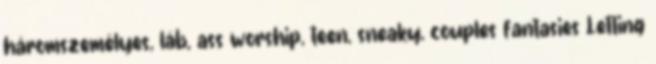
háromszemélyes, láb, ass worship, teen, sneaky, couples fantasies Letting